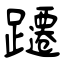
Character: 躚